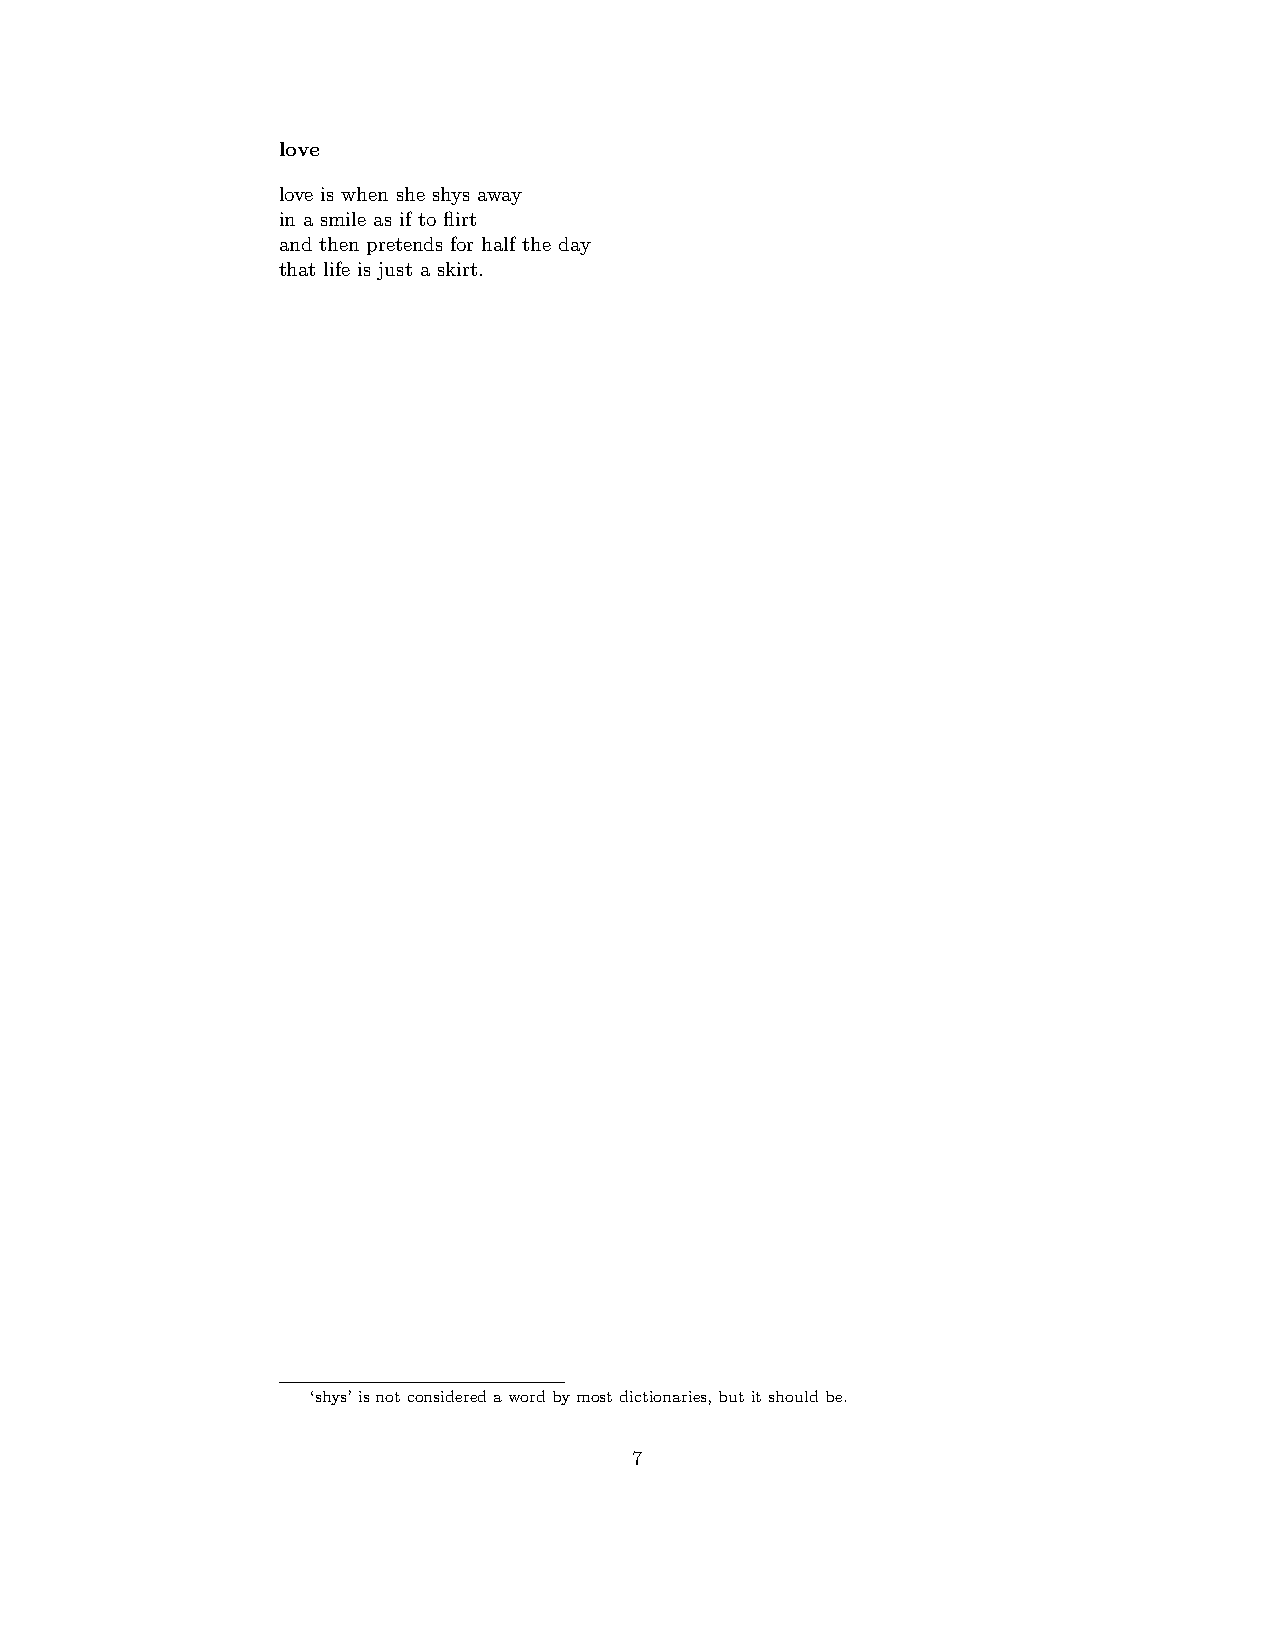
love
 love is when she shys away
 in a smile as if to flirt
 and then pretends for half the day
 that life is just a skirt.
 ‘shys’isnotconsideredawordbymostdictionaries,butitshouldbe.
 7